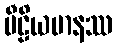
ပီဠိယမာနဿ